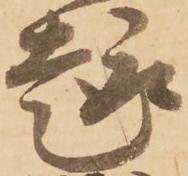
趣